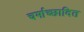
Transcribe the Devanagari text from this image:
चर्माच्छादित